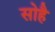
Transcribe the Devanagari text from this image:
सोहै